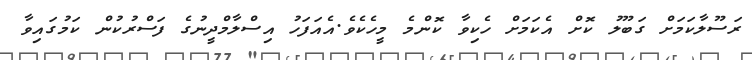
ރަސޫލާކަމަށް ގަބޫލު ކޮށް އެކަމަށް ހެކިވާ ކޮންމެ މީހެކެވެ.އެއަފަހު އިސްލާމްދީނުގެ ފަސްރުކުން ކަމުގައިވާ